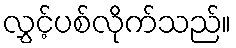
လွှင့်ပစ်လိုက်သည်။